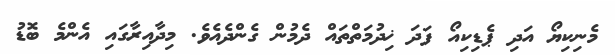
މެނިކިޔޯ އަދި ޕެޑިކިއޯ ފަދަ ޚިދުމަތްތައް ދެމުން ގެންދެއެވެ. މިދާއިރާގައި އެންމެ ބޮޑު